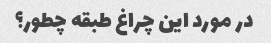
در مورد این چراغ طبقه چطور؟